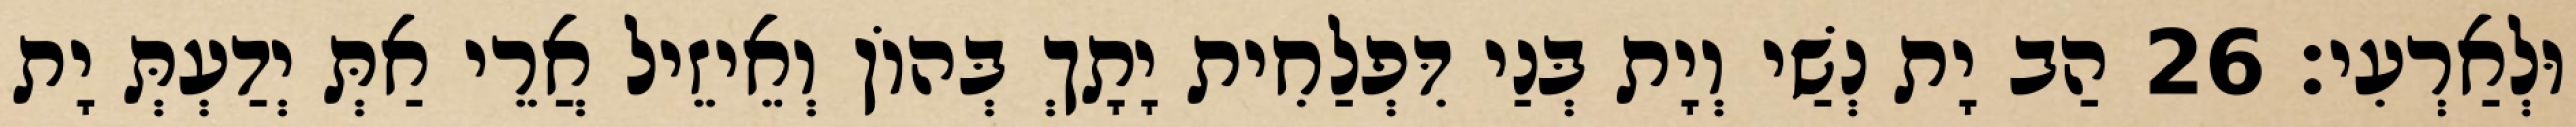
וּלְאַרְעִי׃ 26 הַב יָת נְשַׁי וְיָת בְּנַי דִּפְלַחִית יָתָךְ בְּהוֹן וְאֵיזֵיל אֲרֵי אַתְּ יְדַעְתְּ יָת